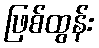
ဖြစ်ထွန်း